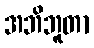
အဘိဘူတာ